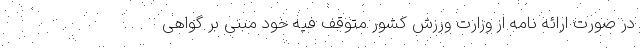
در صورت ارائه نامه از وزارت ورزش کشور متوقف فیه خود مبنی بر گواهی